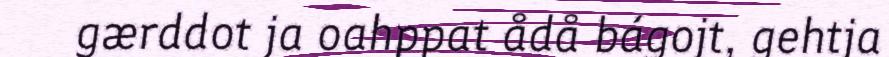
gærddot ja oahppat ådå bágojt, gehtja